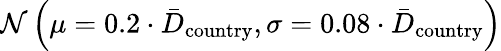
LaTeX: \mathcal{N}\left(\mu=0.2\cdot\bar{D}_{\mathrm{country}},\sigma=0.08\cdot\bar{D}_{\mathrm{country}}\right)